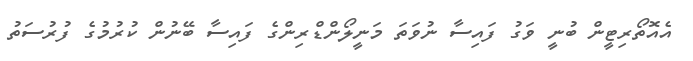
އެއޮތޯރިޓީން ބުނީ ވަގު ފައިސާ ނުވަތަ މަނީލޯންޑްރިންގެ ފައިސާ ބޭނުން ކުރުމުގެ ފުރުސަތު